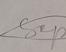
Signature authenticity: forged